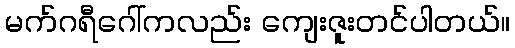
မက်ဂရီဂေါ်ကလည်း ကျေးဇူးတင်ပါတယ်။